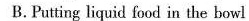
B.Putting liquid food in the bowl